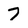
Character: 7